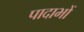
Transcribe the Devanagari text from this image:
पादाभों